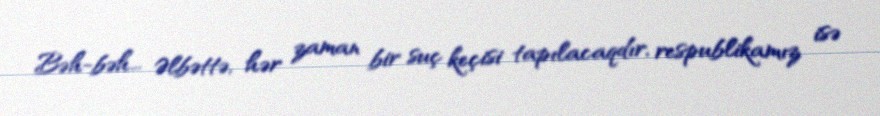
Bəh-bəh... Əlbəttə, hər zaman bir suç keçisi tapılacaqdır, respublikamız isə